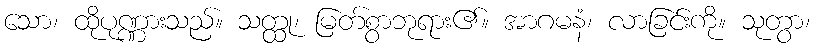
သော၊ ထိုပုဏ္ဏားသည်။ သတ္ထု၊ မြတ်စွာဘုရား၏။ အာဂမနံ၊ လာခြင်းကို။ သုတွာ၊